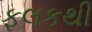
ફલકથી